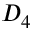
D _ { 4 }